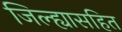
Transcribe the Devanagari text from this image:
जिल्ह्यासहित